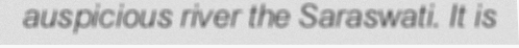
auspicious river the Saraswati. It is